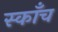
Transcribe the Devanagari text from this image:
स्काँच